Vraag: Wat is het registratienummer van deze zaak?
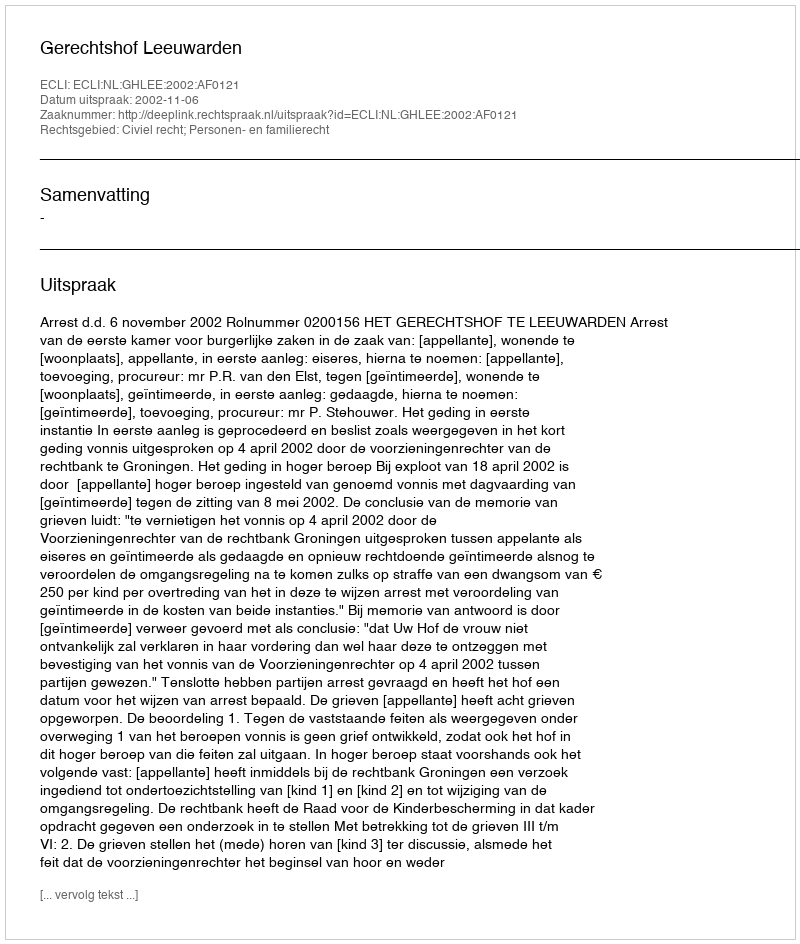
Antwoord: http://deeplink.rechtspraak.nl/uitspraak?id=ECLI:NL:GHLEE:2002:AF0121